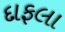
દાફલા